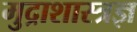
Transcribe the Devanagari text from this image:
मुद्राशास्त्रज्ञ